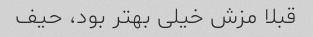
قبلا مزش خیلی بهتر بود، حیف